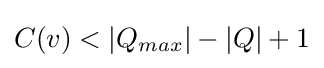
C(v)<{|Q_{max}|}-{|Q|}+1